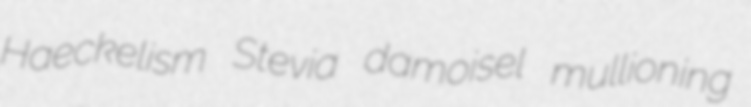
Haeckelism Stevia damoisel mullioning